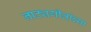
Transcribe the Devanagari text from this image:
नाट्यगीतांच्या